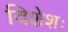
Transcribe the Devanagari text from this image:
विशेशः